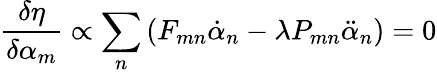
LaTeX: \frac{\delta\eta}{\delta\alpha_{m}}\propto\sum_{n}\left(F_{mn}\dot{\alpha}_{n}-\lambda P_{mn}\ddot{\alpha}_{n}\right)=0